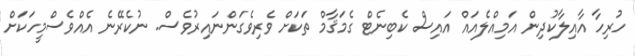
ހުރިހާ އާއިލާކުދިން އަމިއްލެއައް އައިސް ކެބިނެޓް ގެމަޤާމް ތަކަށް ވެރިވެގަންނައިރުވެސް. ނުކެރޭނެ އެއްވެސްމީހަކަށް